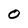
Character: 0